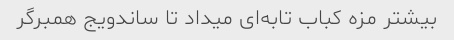
بیشتر مزه کباب تابه‌ای میداد تا ساندویج همبرگر